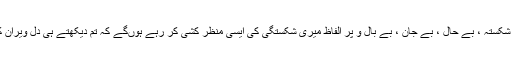
تمہیں جابجا بکھرے الفاظ ملیں گے ، ٹوٹے پھوٹے ، شکستہ ، بے حال ، بے جان ، بے بال و پر الفاظ میری شکستگی کی ایسی منظر کشی کر رہے ہوںگے کہ تم دیکھتے ہی دلِ ویران کی شکستگی کی تصویر کا باآسانی تصور کر لو گے۔